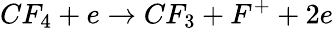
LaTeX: CF_{4}+e\rightarrow CF_{3}+F^{+}+2e